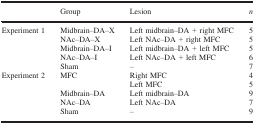
<table><thead><tr><td></td><td><b>Group</b></td><td><b>Lesion</b></td><td><b><i>n</i></b></td></tr></thead><tbody><tr><td rowspan="5">Experiment 1</td><td>Midbrain–DA–X</td><td>Left midbrain–DA + right MFC</td><td>5</td></tr><tr><td>NAc–DA–X</td><td>Left NAc–DA + right MFC</td><td>5</td></tr><tr><td>Midbrain–DA–I</td><td>Left midbrain–DA + left MFC</td><td>5</td></tr><tr><td>NAc–DA–I</td><td>Left NAc–DA + left MFC</td><td>6</td></tr><tr><td>Sham</td><td>–</td><td>7</td></tr><tr><td rowspan="5">Experiment 2</td><td rowspan="2">MFC</td><td>Right MFC</td><td>4</td></tr><tr><td>Left MFC</td><td>5</td></tr><tr><td>Midbrain–DA</td><td>Left midbrain–DA</td><td>9</td></tr><tr><td>NAc–DA</td><td>Left NAc–DA</td><td>7</td></tr><tr><td>Sham</td><td>–</td><td>9</td></tr></tbody></table>